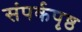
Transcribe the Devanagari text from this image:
संपर्कपृष्ठ